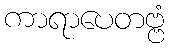
ကာရာပေတဗ္ဗံ